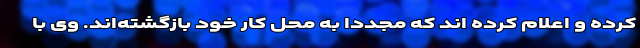
کرده و اعلام کرده اند که مجدداً به محل کار خود بازگشته‌اند. وی با